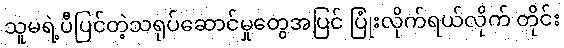
သူမရဲ့ပီပြင်တဲ့သရုပ်ဆောင်မှုတွေအပြင် ပြုံးလိုက်ရယ်လိုက် တိုင်း